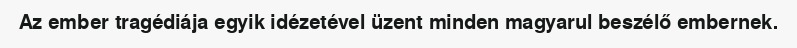
Az ember tragédiája egyik idézetével üzent minden magyarul beszélő embernek.